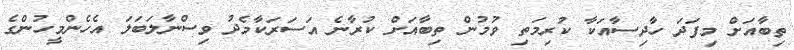
ތިބާއަށް މިފަދަ ހާދިސާއަކާ ކުރިމަތި ވުމުން ތިބާއަށް ކުރާނެ އަސަރަކާމެދު ވިސްނާލަބަލަ އެހެންމީހުންގެ